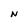
Character: N